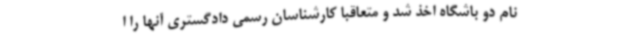
نام دو باشگاه اخذ شد و متعاقباً کارشناسان رسمی دادگستری آنها را ا